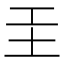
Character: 𡉐